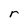
Character: r